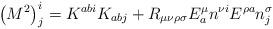
LaTeX: \begin{align*}\left ( M^{2} \right )^{i}_{j} = K^{ab i}K_{ab j} + R_{\mu\nu\rho\sigma}E^{\mu}_{a}n^{\nu i}E^{\rho a}n^{\sigma}_{j}\end{align*}